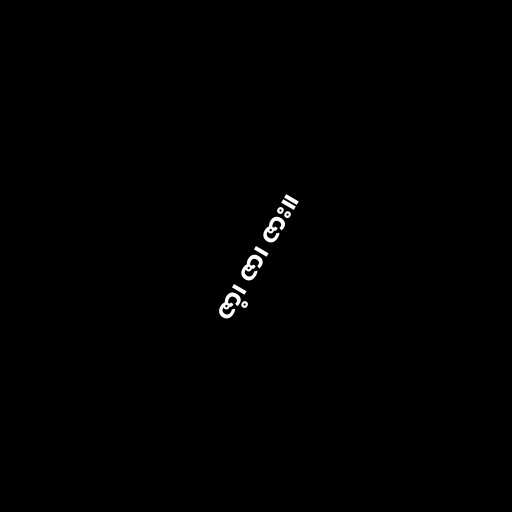
ဇာ့၊ ဇာ၊ ဇား။